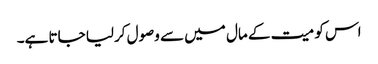
اس کو میت کے مال میں سے وصول کرلیا جاتا ہے۔